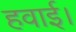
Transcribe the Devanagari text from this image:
हवाई।